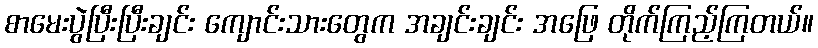
စာမေးပွဲပြီးပြီးချင်း ကျောင်းသားတွေက အချင်းချင်း အဖြေ တိုက်ကြည့်ကြတယ်။